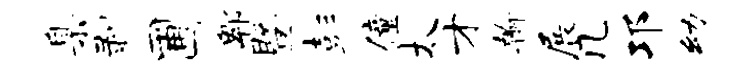
臬剥圃郫暨彭僮太才翰展几邛幼